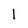
Character: I